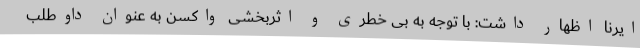
ایرنا اظهار داشت: با توجه به بی خطری و اثربخشی واکسن به عنوان داوطلب